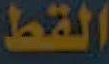
القط